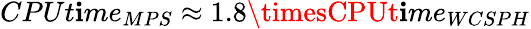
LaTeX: CPUt\mathbf{i}me_{MPS}\approx1.8\timesCPUt\mathbf{i}me_{WCSPH}